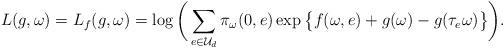
LaTeX: \begin{align*}L(g, \omega)=L_f(g,\omega)=\log\bigg(\sum_{e\in\mathcal U_d}\pi_\omega(0,e)\exp\big\{f(\omega,e)+ g(\omega)-g(\tau_e\omega)\big\}\bigg).\end{align*}